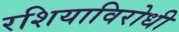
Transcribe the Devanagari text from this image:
रशियाविरोधी